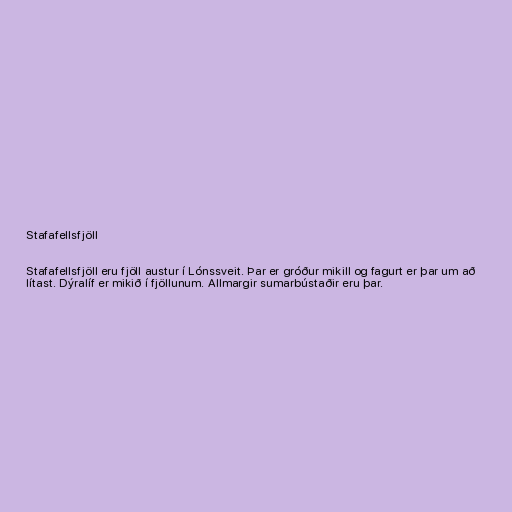
Stafafellsfjöll

Stafafellsfjöll eru fjöll austur í Lónssveit. Þar er gróður mikill og fagurt er þar um að
lítast. Dýralíf er mikið í fjöllunum. Allmargir sumarbústaðir eru þar.